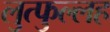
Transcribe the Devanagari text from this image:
लुत्फुल्लह